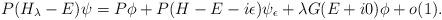
LaTeX: \begin{align*}P(H_\lambda - E)\psi = P \phi + P(H- E -i\epsilon)\psi_\epsilon + \lambda G(E+i0)\phi + o(1).\end{align*}